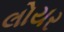
લોયર